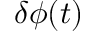
\delta \phi ( t )